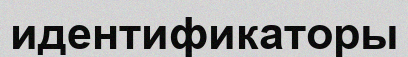
идентификаторы